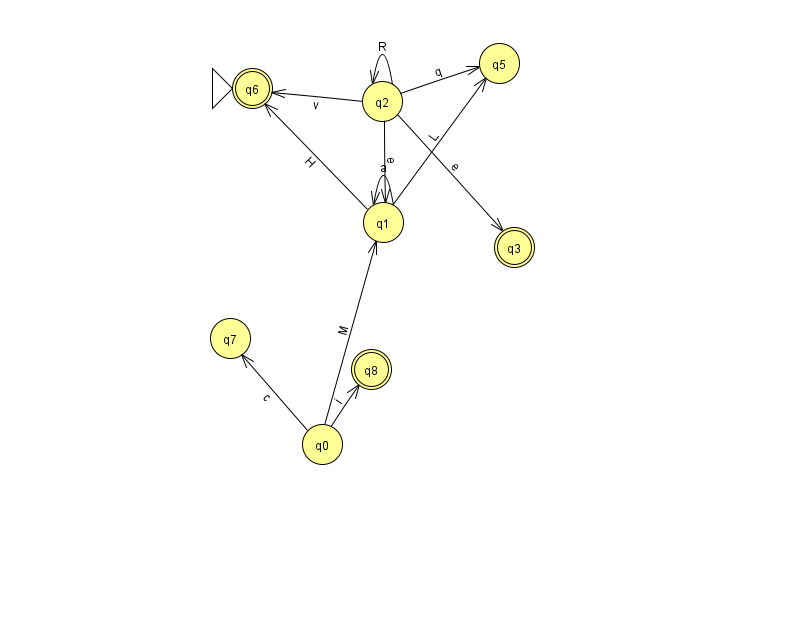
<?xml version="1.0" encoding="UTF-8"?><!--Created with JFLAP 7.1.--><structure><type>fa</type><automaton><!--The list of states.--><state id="0" name="q0"><x>322.0</x><y>431.0</y></state><state id="1" name="q1"><x>383.0</x><y>209.0</y></state><state id="2" name="q2"><x>382.0</x><y>88.0</y></state><state id="3" name="q3"><x>514.0</x><y>234.0</y><final/></state><state id="5" name="q5"><x>499.0</x><y>50.0</y></state><state id="6" name="q6"><x>252.0</x><y>75.0</y><initial/><final/></state><state id="7" name="q7"><x>230.0</x><y>325.0</y></state><state id="8" name="q8"><x>371.0</x><y>356.0</y><final/></state><!--The list of transitions.--><transition><from>2</from><to>1</to><read>e</read></transition><transition><from>1</from><to>1</to><read>a</read></transition><transition><from>2</from><to>2</to><read>R</read></transition><transition><from>2</from><to>3</to><read>e</read></transition><transition><from>2</from><to>6</to><read>v</read></transition><transition><from>1</from><to>5</to><read>L</read></transition><transition><from>0</from><to>1</to><read>M</read></transition><transition><from>0</from><to>8</to><read>i</read></transition><transition><from>0</from><to>7</to><read>c</read></transition><transition><from>1</from><to>6</to><read>H</read></transition><transition><from>2</from><to>5</to><read>q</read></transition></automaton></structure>